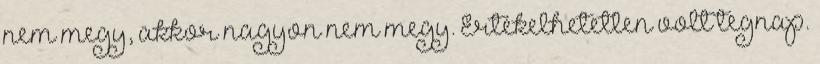
nem megy, akkor nagyon nem megy. Értékelhetetlen volt tegnap.